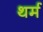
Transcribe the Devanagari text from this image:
थर्म